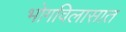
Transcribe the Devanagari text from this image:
भोगविलासात